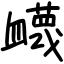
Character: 衊